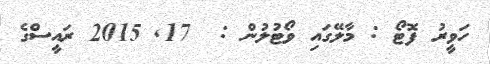
ހަވީރު ފޮޓޯ : މާލޭގައި ވޯޓުލުން :  17